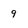
Character: 9